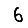
Digit: 6